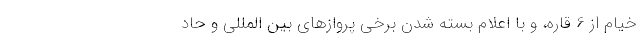
خیام از 6 قاره، و با اعلام بسته شدن برخی پروازهای بین المللی و حاد